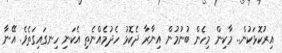
އިރުކޮޅަކުން.. މާކިން މިހެން ބުނުމުން އިނާރާ ދެކޮޅު ހެދުމެއްނެތި އެކަނި ހިނގައިގަތެވެ. އޭނާ